Report of the Indian Hemp Drugs Commission, 1894-1895 - Volume V
Year: 1894
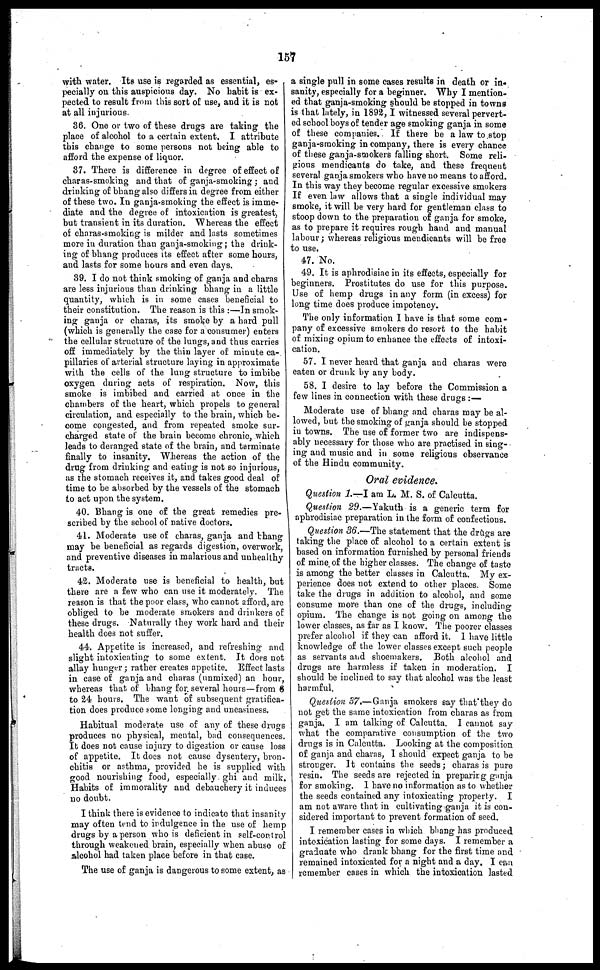
157
with water. Its use is regarded as essential, es-
pecially on this auspicious day. No habit is ex-
pected to result from this sort of use, and it is not
at all injurious.
36. One or two of these drugs are taking the
place of alcohol to a certain extent. I attribute
this change to some persons not being able to
afford the expense of liquor.
37. There is difference in degree of effect of
charas-smoking and that of ganja-smoking; and
drinking of bhang also differs in degree from either
of these two. In ganja-smoking the effect is imme-
diate and the degree of intoxication is greatest,
but transient in its duration. Whereas the effect
of charas-smoking is milder and lasts sometimes
more in duration than ganja-smoking; the drink-
ing of bhang produces its effect after some hours,
and lasts for some hours and even days.
39. I do not think smoking of ganja and charas
are less injurious than drinking bhang in a little
quantity, which is in some cases beneficial to
their constitution. The reason is this:—In smok-
ing ganja or charas, its smoke by a hard pull
(which is generally the case for a consumer) enters
the cellular structure of the lungs, and thus carries
off immediately by the thin layer of minute ca-
pillaries of arterial structure laying in approximate
with the cells of the lung structure to imbibe
oxygen during acts of respiration. Now, this
smoke is imbibed and carried at once in the
chambers of the heart, which propels to general
circulation, and especially to the brain, which be-
come congested, and from repeated smoke sur-
charged state of the brain become chronic, which
leads to deranged state of the brain, and terminate
finally to insanity. Whereas the action of the
drug from drinking and eating is not so injurious,
as the stomach receives it, and takes good deal of
time to be absorbed by the vessels of the stomach
to act upon the system.
40. Bhang is one of the great remedies pre-
scribed by the school of native doctors.
41. Moderate use of charas, ganja and bhang
may be beneficial as regards digestion, overwork,
and preventive diseases in malarious and unhealthy
tracts.
42. Moderate use is beneficial to health, but
there are a few who can use it moderately. The
reason is that the poor class, who cannot afford, are
obliged to be moderate smokers and drinkers of
these drugs. Naturally they work hard and their
health does not suffer.
44. Appetite is increased, and refreshing and
slight intoxicating to some extent. It does not
allay hunger; rather creates appetite. Effect lasts
in case of ganja and charas (unmixed) an hour,
whereas that of bhang for. several hours—from 6
to 24 hours. The want of subsequent gratifica-
tion does produce some longing and uneasiness.
Habitual moderate use of any of these drugs
produces no physical, mental, bad consequences.
It does not cause injury to digestion or cause loss
of appetite. It does not cause dysentery, bron-
chitis or asthma, provided he is supplied with
good nourishing food, especially ghi and milk.
Habits of immorality and debauchery it induces
no doubt,
I think there is evidence to indicate that insanity
may often tend to indulgence in the use of hemp
drugs by a person who is deficient in self-control
through weakened brain, especially when abuse of
alcohol had taken place before in that case.
The use of ganja is dangerous to some extent, as
a single pull in some cases results in death or in-
sanity, especially for a beginner. Why I mention-
ed that ganja-smoking should be stopped in towns
is that lately, in 1892, I witnessed several pervert-
ed school boys of tender age smoking ganja in some
of these companies. If there be a law to stop
ganja-smoking in company, there is every chance
of these ganja-smokers falling short. Some reli-
gious mendicants do take, and these frequent
several ganja smokers who have no means to afford.
In this way they become regular excessive smokers
If even law allows that a single individual may
smoke, it will be very hard for gentleman class to
stoop down to the preparation of ganja for smoke,
as to prepare it requires rough hand and manual
labour; whereas religious mendicants will be free
to use.
47. No.
49. It is aphrodisiac in its effects, especially for
beginners. Prostitutes do use for this purpose.
Use of hemp drugs in any form (in excess) for
long time does produce impotency.
The only information I have is that some com-
pany of excessive smokers do resort to the habit
of mixing opium to enhance the effects of intoxi-
cation.
57. I never heard that ganja and charas were
eaten or drunk by any body.
58. I desire to lay before the Commission a
few lines in connection with these drugs:—
Moderate use of bhang and charas may be al-
lowed, but the smoking of ganja should be stopped
in towns. The use of former two are indispens-
ably necessary for those who are practised in sing-
ing and music and in some religious observance
of the Hindu community.
Oral evidence.
Question 1.—I am L. M. S. of Calcutta.
Question 29.—Yakuth is a generic term for
aphrodisiac preparation in the form of confections.
Question 36.—The statement that the drugs are
taking the place of alcohol to a certain extent is
based on information furnished by personal friends
of mine of the higher classes. The change of taste
is among the better classes in Calcutta. My ex-
perience does not extend to other places. Some
take the drugs in addition to alcohol, and some
consume more than one of the drugs, including
opium. The change is not going on among the
lower classes, as far as I know. The poorer classes
prefer alcohol if they can afford it. I have little
knowledge of the lower classes except such people
as servants and shoemakers. Both alcohol and
drugs are harmless if taken in moderation. I
should be inclined to say that alcohol was the least
harmful.
Question 37.—Ganja smokers say that they do
not get the same intoxication from charas as from
ganja. I am talking of Calcutta. I cannot say
what the comparative consumption of the two
drugs is in Calcutta. Looking at the composition
of ganja and charas, I should expect ganja to be
stronger. It contains the seeds; charas is pure
resin. The seeds are rejected in preparing ganja
for smoking. I have no information as to whether
the seeds contained any intoxicating property. I
am not aware that in cultivating ganja it is con-
sidered important to prevent formation of seed.
I remember cases in which bhang has produced
intoxication lasting for some days. I remember a
graduate who drank bhang for the first time and
remained intoxicated for a night and a day. I can
remember cases in which the intoxication lasted